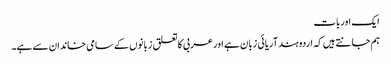
ایک اوربات
ہم جانتے ہیں کہ اردوہندآریائی زبان ہے اورعربی کاتعلق زبانوں کے سامی خاندان سے ہے۔